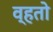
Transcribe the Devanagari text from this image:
व्हतो